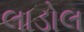
લાડોલ